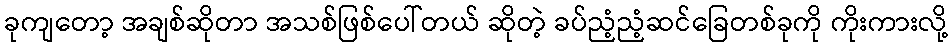
ခုကျတော့ အချစ်ဆိုတာ အသစ်ဖြစ်ပေါ်တယ် ဆိုတဲ့ ခပ်ညံ့ညံ့ဆင်ခြေတစ်ခုကို ကိုးကားလို့